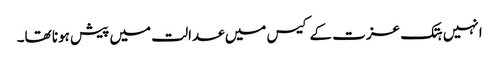
انہیں ہتک عزت کے کیس میں عدالت میں پیش ہونا تھا۔